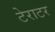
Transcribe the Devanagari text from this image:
टेराटर